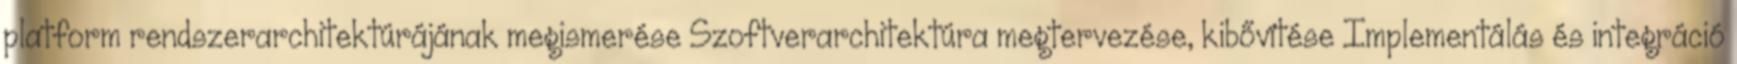
platform rendszerarchitektúrájának megismerése Szoftverarchitektúra megtervezése, kibővítése Implementálás és integráció